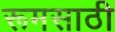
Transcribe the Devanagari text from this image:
रूमसाठी